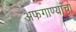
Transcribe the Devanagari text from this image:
अफगाण्यांचा